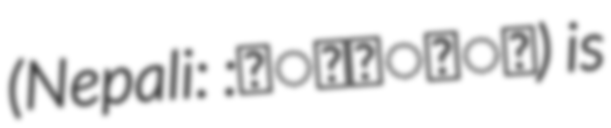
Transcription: (Nepali: :खोक्सी) is